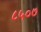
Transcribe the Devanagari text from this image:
८५०७